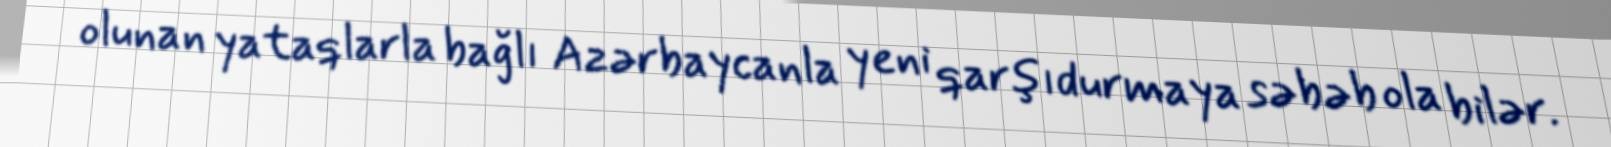
olunan yataqlarla bağlı Azərbaycanla yeni qarşıdurmaya səbəb ola bilər.